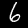
Label: 6